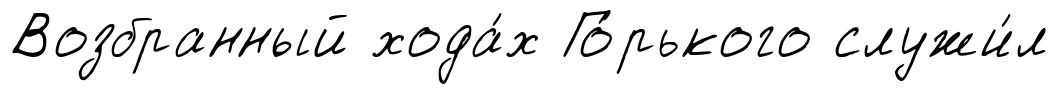
Возбранный хода́х Го́рького служи́л